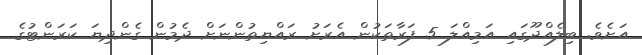
އަށެވެ. ބިލެއްދޫގައި އަމިއްލަ 5 ފަރާތަކުން އެރަށު ރައްޔިތުންނަށް ދެމުން ގެންދިޔަ ކަރަންޓުގެ